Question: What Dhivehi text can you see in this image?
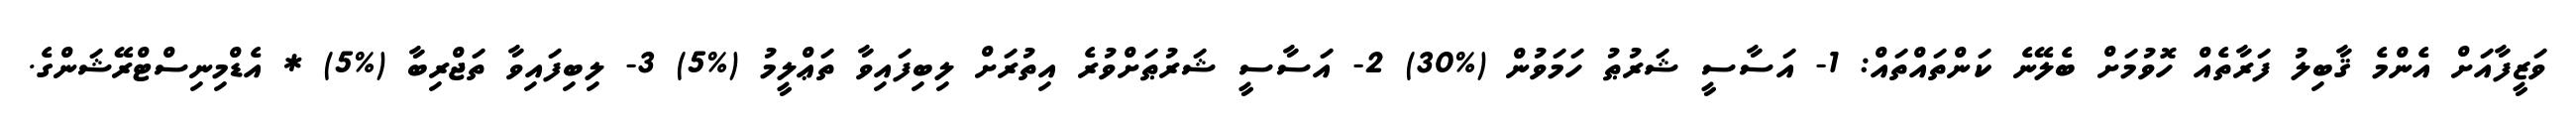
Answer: ވަޒީފާއަށް އެންމެ ޤާބިލު ފަރާތެއް ހޮވުމަށް ބެލޭނެ ކަންތައްތައް: 1- އަސާސީ ޝަރުޠު ހަމަވުން (%30) 2- އަސާސީ ޝަރުޠަށްވުރެ އިތުރަށް ލިބިފައިވާ ތަޢްލީމު (%5) 3- ލިބިފައިވާ ތަޖްރިބާ (%5) * އެޑްމިނިސްޓްރޭޝަންގެ.